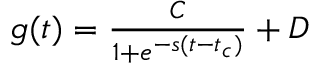
\begin{array} { r } { g ( t ) = \frac { C } { 1 + e ^ { - s ( t - t _ { c } ) } } + D } \end{array}